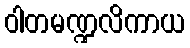
ဝါတမဏ္ဍလိကာယ